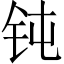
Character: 钝